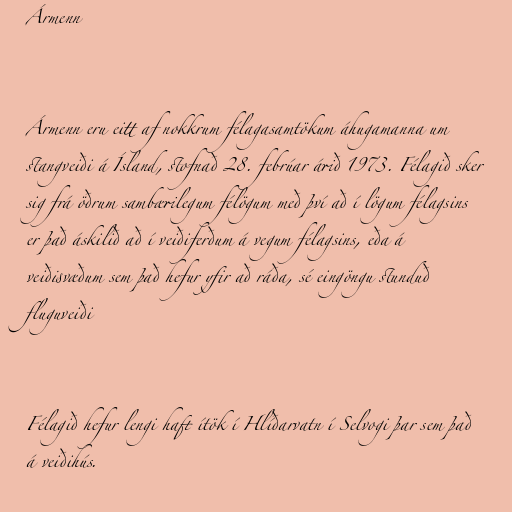
Ármenn

Ármenn eru eitt af nokkrum félagasamtökum áhugamanna um
stangveiði á Ísland, stofnað 28. febrúar árið 1973. Félagið sker
sig frá öðrum sambærilegum félögum með því að í lögum félagsins
er það áskilið að í veiðiferðum á vegum félagsins, eða á
veiðisvæðum sem það hefur yfir að ráða, sé eingöngu stunduð
fluguveiði

Félagið hefur lengi haft ítök í Hlíðarvatn í Selvogi þar sem það
á veiðihús.